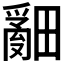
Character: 𤳞